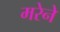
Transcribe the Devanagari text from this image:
मरेने